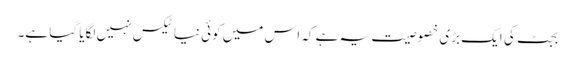
بجٹ کی ایک بڑی خصوصیت یہ ہے کہ اس میں کوئی نیا ٹیکس نہیں لگایا گیا ہے۔